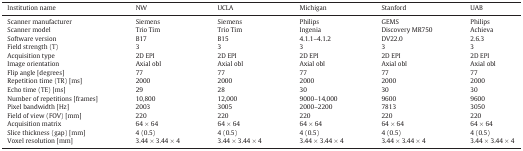
| Institution name | NW | UCLA | Michigan | Stanford | UAB |
 | --- | --- | --- | --- | --- | --- |
 | Scanner manufacturer | Siemens | Siemens | Philips | GEMS | Philips |
 | Scanner model | Trio Tim | Trio Tim | Ingenia | Discovery MR750 | Achieva |
 | Software version | B17 | B15 | 4.1.1–4.1.2 | DV22.0 | 2.6.3 |
 | Field strength (T) | 3 | 3 | 3 | 3 | 3 |
 | Acquisition type | 2D EPI | 2D EPI | 2D EPI | 2D EPI | 2D EPI |
 | Image orientation | Axial obl | Axial obl | Axial obl | Axial obl | Axial obl |
 | Flip angle [degrees] | 77 | 77 | 77 | 77 | 77 |
 | Repetition time (TR) [ms] | 2000 | 2000 | 2000 | 2000 | 2000 |
 | Echo time (TE) [ms] | 29 | 28 | 30 | 30 | 30 |
 | Number of repetitions [frames] | 10,800 | 12,000 | 9000–14,000 | 9600 | 9600 |
 | Pixel bandwidth [Hz] | 2003 | 3005 | 2000–2200 | 7813 | 3050 |
 | Field of view (FOV) [mm] | 220 | 220 | 220 | 220 | 220 |
 | Acquisition matrix | 64 × 64 | 64 × 64 | 64 × 64 | 64 × 64 | 64 × 64 |
 | Slice thickness (gap) [mm] | 4 (0.5) | 4 (0.5) | 4 (0.5) | 4 (0.5) | 4 (0.5) |
 | Voxel resolution [mm] | 3.44 × 3.44 × 4 | 3.44 × 3.44 × 4 | 3.44 × 3.44 × 4 | 3.44 × 3.44 × 4 | 3.44 × 3.44 × 4 |